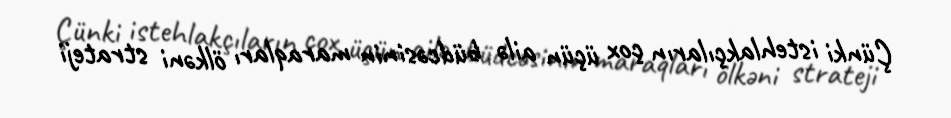
Çünki istehlakçıların çox üçün ailə büdcəsinin maraqları ölkəni strateji